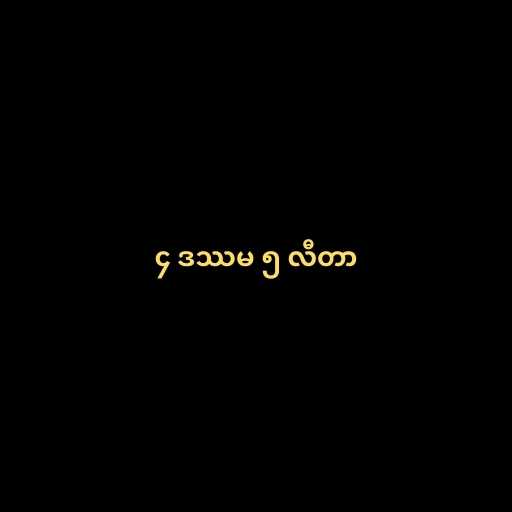
၄ ဒဿမ ၅ လီတာ